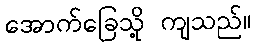
အောက်ခြေသို့ ကျသည်။